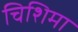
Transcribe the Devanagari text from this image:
चिशिमा